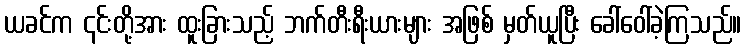
ယခင်က ၎င်းတို့အား ထူးခြားသည့် ဘက်တီးရီးယားများ အဖြစ် မှတ်ယူပြီး ခေါ်ဝေါ်ခဲ့ကြသည်။